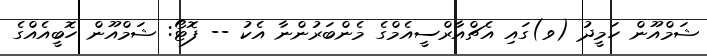
ޝަމްއޫން ހަމީދު (ވ)ގައި އެޗްއާރްސީއެމްގެ މެންބަރުންނާ އެކު -- ފޮޓޯ: ޝަމްއޫން ހޮބީއެއްގެ